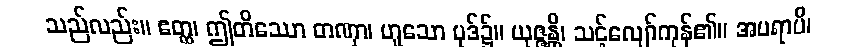
သည်လည်း။ ဧတ္ထ၊ ဤတိဿော တဏှာ၊ ဟူသော ပုဒ်၌။ ယုဇ္ဇန္တိ၊ သင့်လျော်ကုန်၏။ အပရာပိ၊